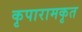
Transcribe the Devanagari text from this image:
कृपारामकृत